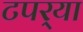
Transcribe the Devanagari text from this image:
टपर्‍या